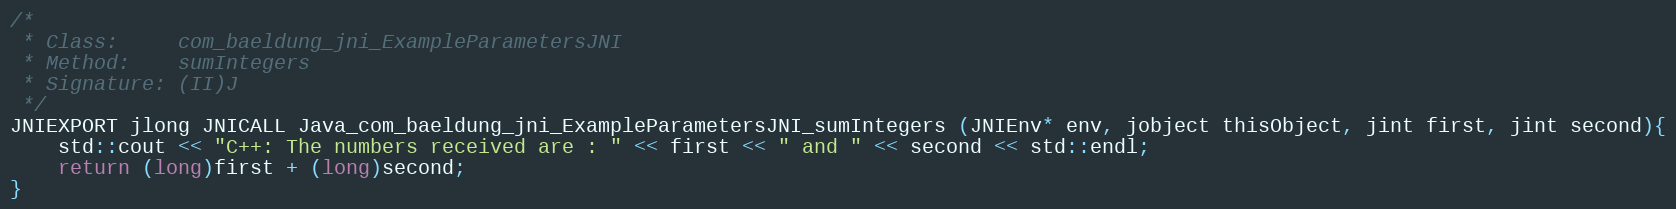
Language: C++
/*
 * Class:     com_baeldung_jni_ExampleParametersJNI
 * Method:    sumIntegers
 * Signature: (II)J
 */
JNIEXPORT jlong JNICALL Java_com_baeldung_jni_ExampleParametersJNI_sumIntegers (JNIEnv* env, jobject thisObject, jint first, jint second){
    std::cout << "C++: The numbers received are : " << first << " and " << second << std::endl;
    return (long)first + (long)second;
}